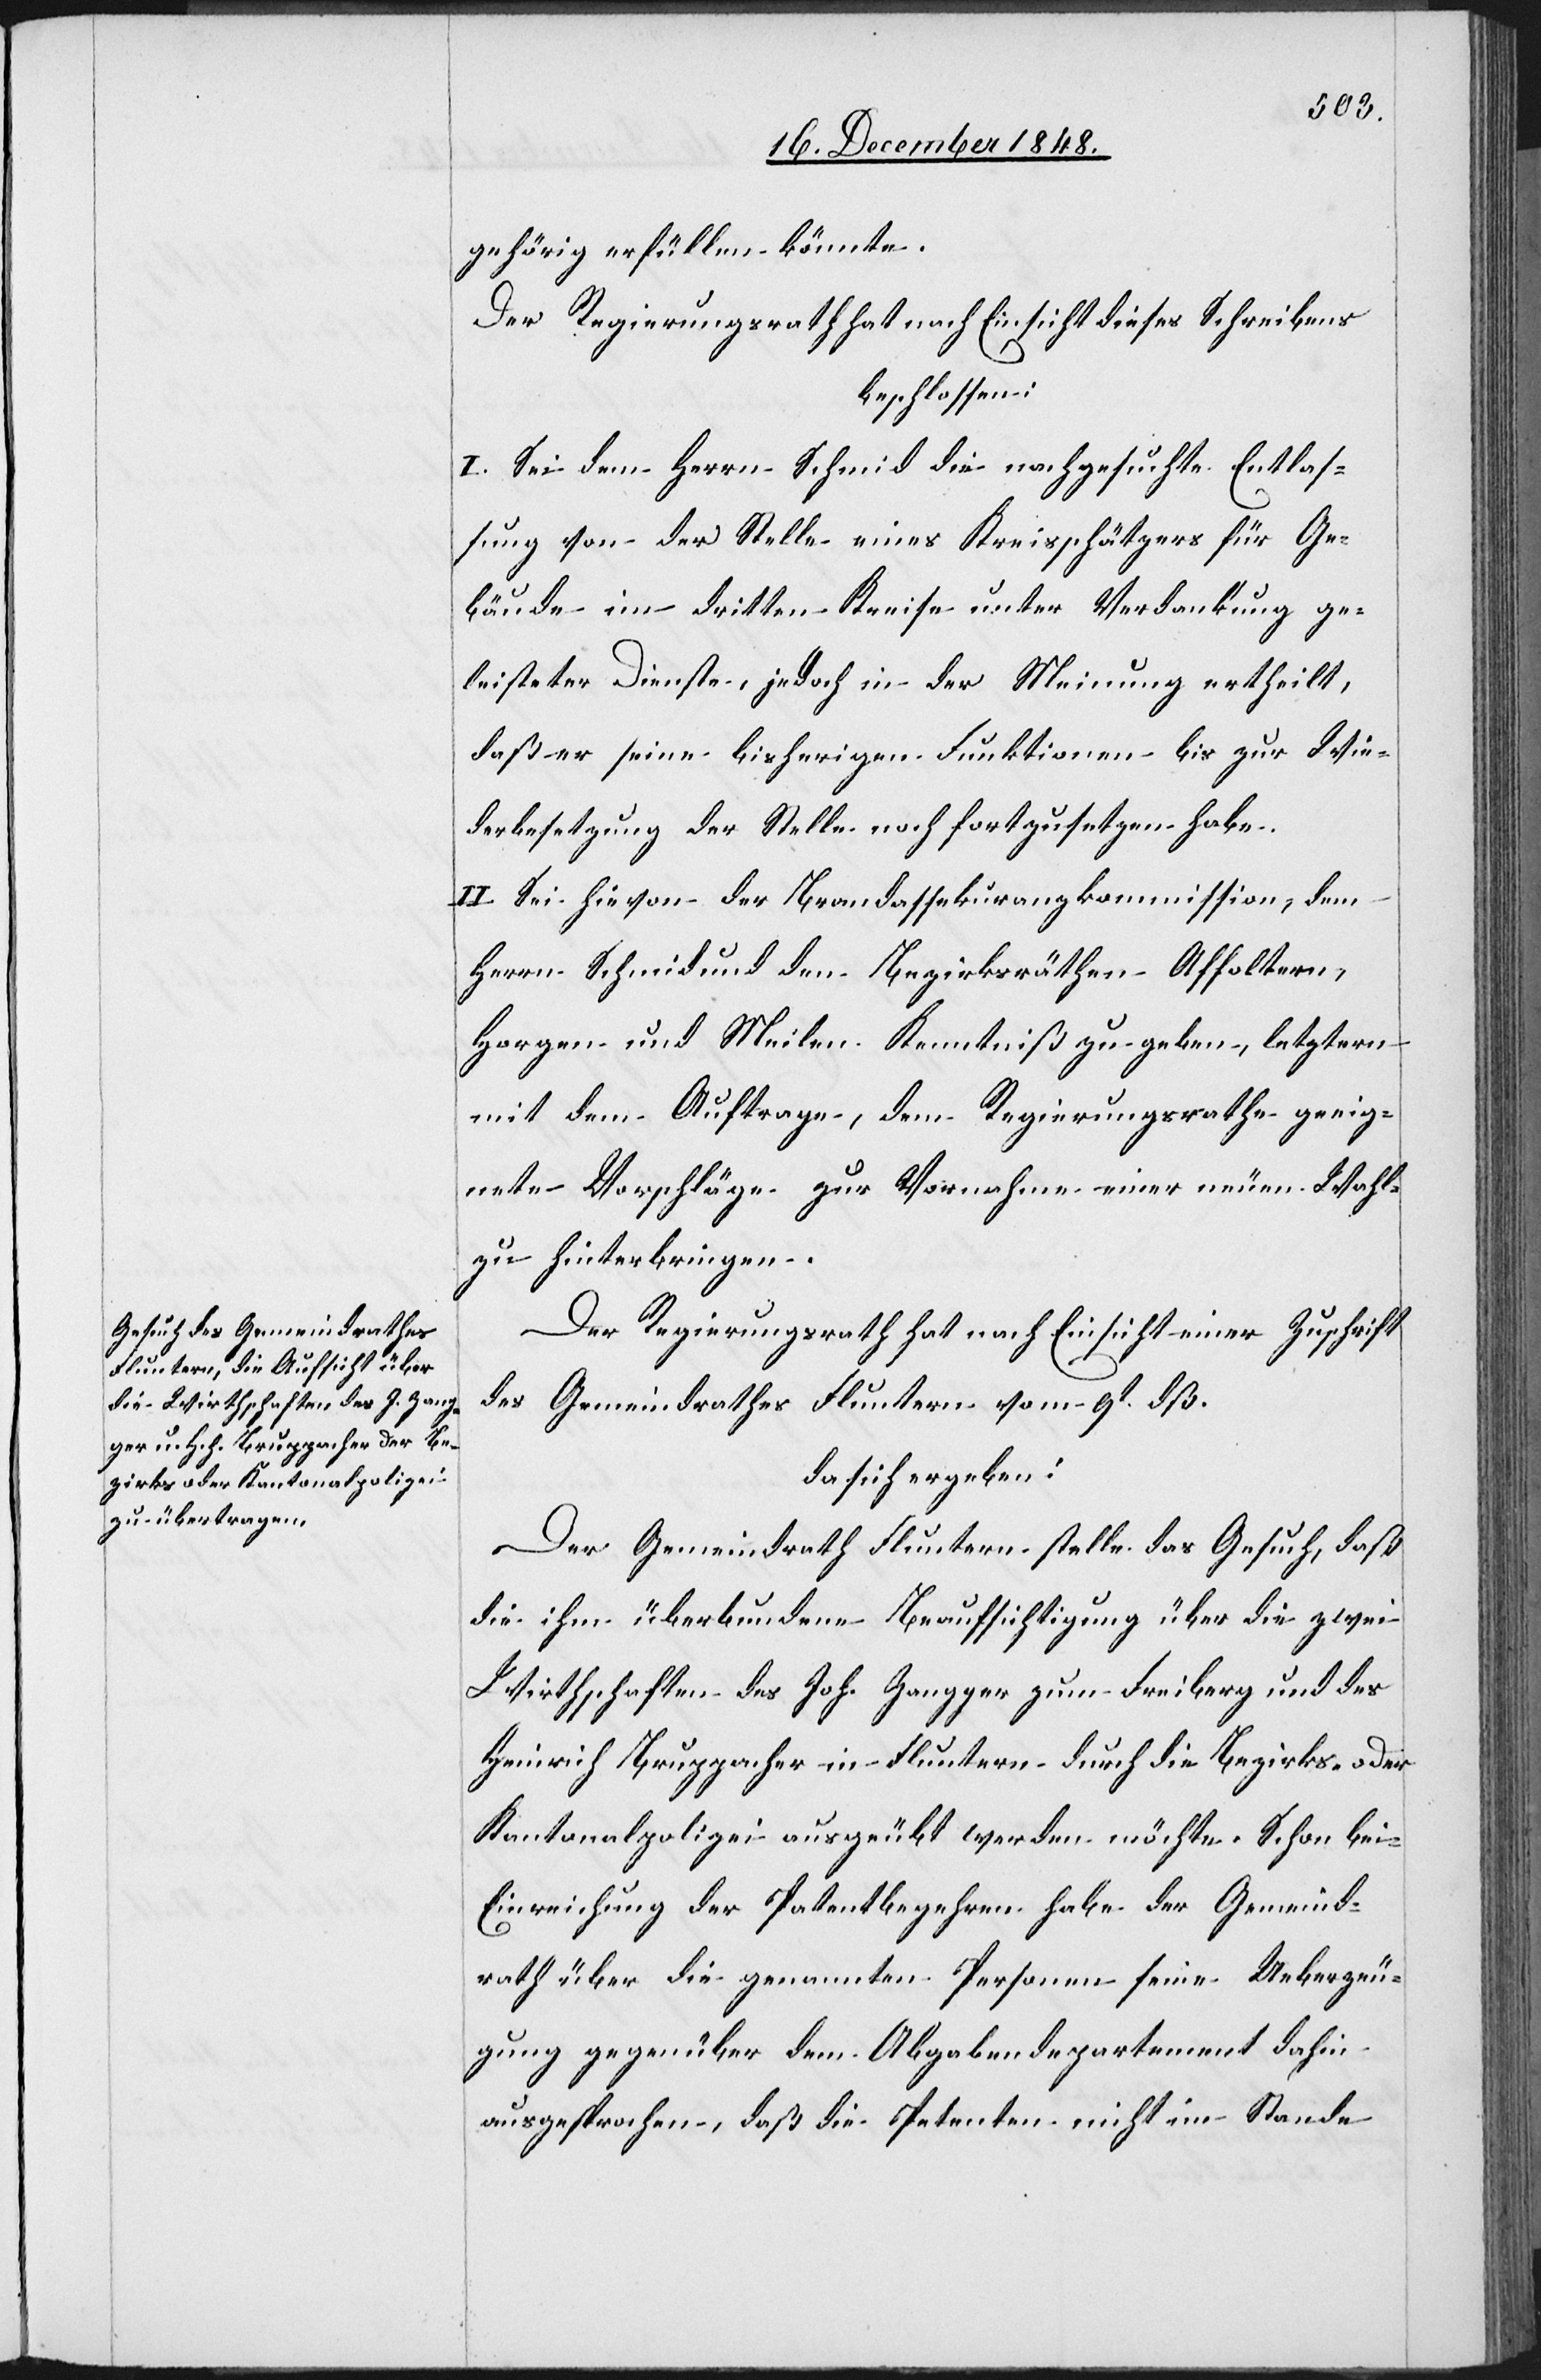
gehörig erfüllen könnte.
Der Regierungsrath hat nach Einsicht dieses Schreibens
beschlossen:
I. Sei dem Herrn Schmid die nachgesuchte Entlas¬
sung von der Stelle eines Kreisschätzers für Ge¬
bäude im dritten Kreise unter Verdankung ge¬
leisteter Dienste, jedoch in der Meinung ertheilt,
daß er seine bisherigen Funktionen bis zur Wie¬
derbesetzung der Stelle noch fortzusetzen habe.
II. Sei hievon der Brandassekuranzkommission, dem
Herrn Schmid und den Bezirksräthen Affoltern,
Horgen und Meilen Kenntniß zu geben, letztern
mit dem Auftrage, dem Regierungsrathe geeig¬
nete Vorschläge zur Vornahme einer neuen Wahl
zu hinterbringen.
Der Regierungsrath hat nach Einsicht einer Zuschrift
des Gemeindrathes Fluntern vom 9t dß.
da sich ergeben:
Der Gemeindrath Fluntern stelle das Gesuch, daß
die ihm überbundene Beaufsichtigung über die zwei
Wirthschaften des Joh. Zangger zum Freiberg und des
Heinrich Bruppacher in Fluntern durch die Bezirks- oder
Kantonalpolizei ausgeübt werden möchte. Schon bei
Einreichung der Patentbegehren habe der Gemeind¬
rath über die genannten Personen seine Ueberzeu¬
gung gegenüber dem Abgabendepartement dahin
ausgesprochen, daß die Petenten nicht im Stande